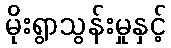
မိုးရွာသွန်းမှုနှင့်